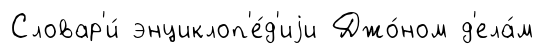
Словар'и́ энциклоп'е́д'иjи Джо́ном д'ела́м